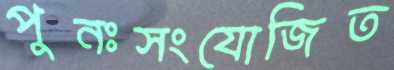
পুনঃসংযোজিত